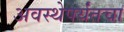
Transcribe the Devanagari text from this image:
अवस्थेपर्यंतचा